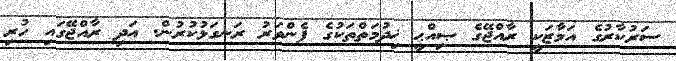
ސަރުކާރުގެ އަމާޒަކީ ރާއްޖޭގެ ޞިއްޙީ ޚިދުމަތްތަކުގެ ފެންވަރު ރަނގަޅުކުރުން. އަދި ރާއްޖޭގައި ހުރި